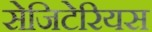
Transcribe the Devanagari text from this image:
सेजिटेरियस